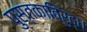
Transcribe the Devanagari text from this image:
पुस्तकाविरुद्ध